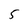
Character: 5